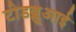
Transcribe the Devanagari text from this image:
टीडब्लूआई